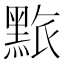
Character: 𪑄